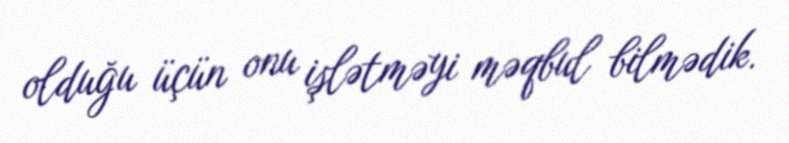
olduğu üçün onu işlətməyi məqbul bilmədik.